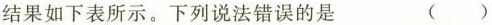
结果如下表所示。下列说法错误的是 ( )